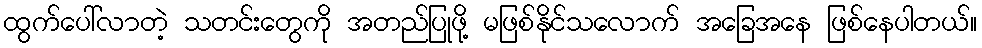
ထွက်ပေါ်လာတဲ့ သတင်းတွေကို အတည်ပြုဖို့ မဖြစ်နိုင်သလောက် အခြေအနေ ဖြစ်နေပါတယ်။